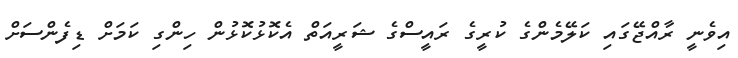
އިވެނީ ރާއްޖޭގައި ކަލޭމެންގެ ކުރީގެ ރައީސްގެ ޝަރީއަތް އެކޮޅުކޮޅުން ހިންގި ކަމަށް ޑިފެންސަށް